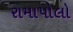
રામાપોલો